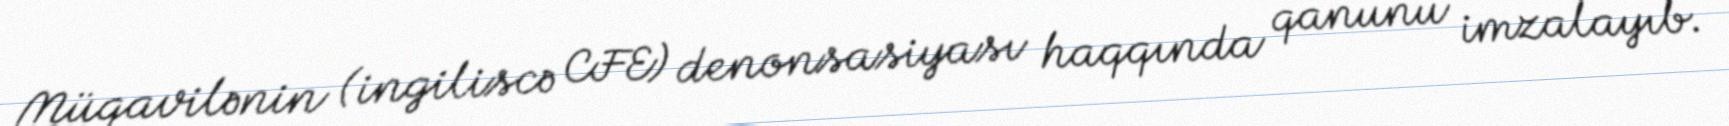
Müqavilənin (ingiliscə CFE) denonsasiyası haqqında qanunu imzalayıb.